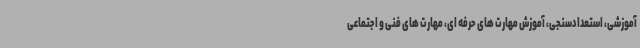
آموزشی، استعدادسنجی، آموزش مهارت های حرفه ای، مهارت های فنی و اجتماعی